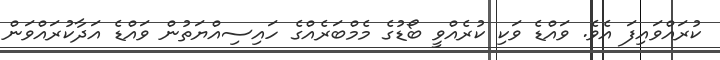
ކުރައްވައިފަ އެވެ. ވައްޑެ ވަކި ކުރެއްވީ ބޯޑުގެ މެމްބަރެއްގެ ހައިސިއްޔަތުން ވައްޑެ އަދާކުރައްވަން